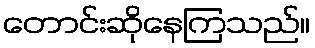
တောင်းဆိုနေကြသည်။